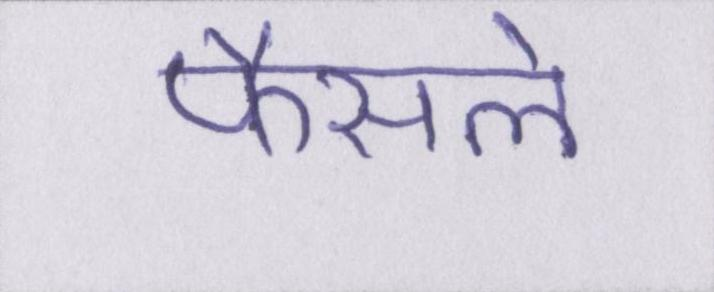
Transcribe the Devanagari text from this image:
फैसले